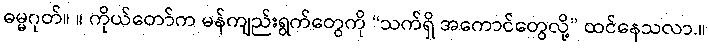
ဓမ္မဂုတ်။ ။ ကိုယ်တော်က မန်ကျည်းရွက်တွေကို “သက်ရှိ အကောင်တွေလို့” ထင်နေသလာ.။